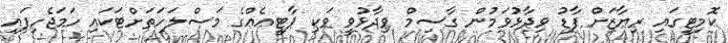
ކޮމިޓީގައި ރިޔާޒަށް ފާޑު ވިދާޅުވަމުން ގާސިމް ވިދާޅުވީ ވަކި ޕާޓީއެއްގެ މަސްލަހަތަށްޓަކައި ހަމަޖެހިފައި